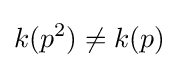
k(p^{2})\neq k(p)